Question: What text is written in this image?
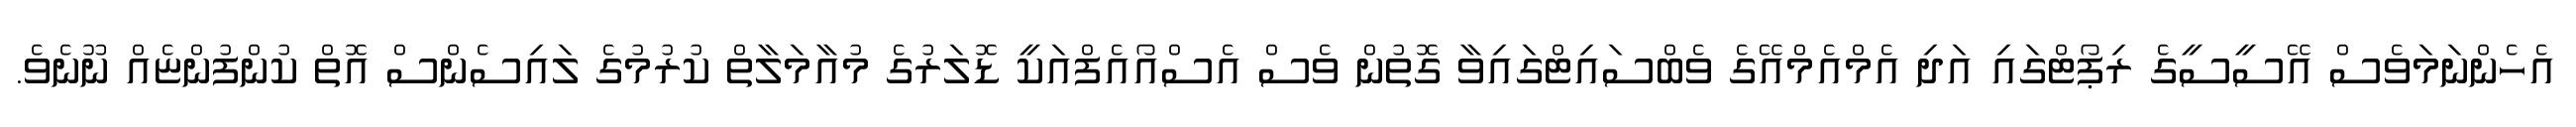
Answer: އެހެންނަމަވެސް އޭސީސީގެ ރިޕޯޓްގައި އަދި އެމްއެމްއޭގެ ވެބްސައިޓްގައިވާ ގޮތުން ވެސް އެސްއޯއެފްއަކީ ޑޮލަރުގެ މުއާމަލާތް ކުރުމުގެ ލައިސެންސް އޮތް ކުންފުންޏެއް ނޫނެވެ.